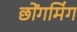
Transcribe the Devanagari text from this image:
छोंगमिंग